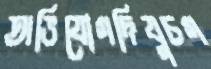
অভিযোগদিযুচগ